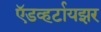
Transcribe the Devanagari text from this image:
ऍडव्हर्टायझर